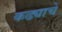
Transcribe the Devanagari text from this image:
कढ्याचे